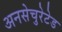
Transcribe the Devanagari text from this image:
अनसेचुरेटेड